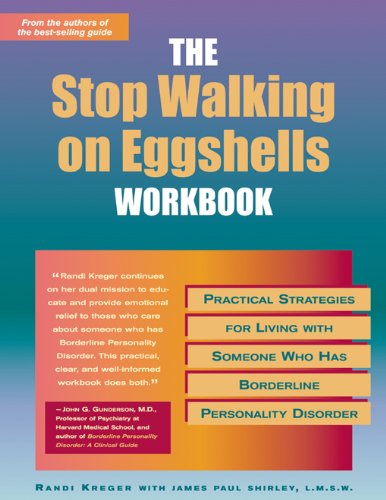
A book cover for The Stop Walking on Eggshells Workbook: Practical Strategies for Living with Someone Who Has Borderline Personality Disorder; Randi Kreger; Health, Fitness & Dieting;